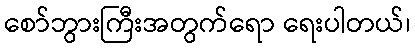
စော်ဘွားကြီးအတွက်ရော ရေးပါတယ်၊